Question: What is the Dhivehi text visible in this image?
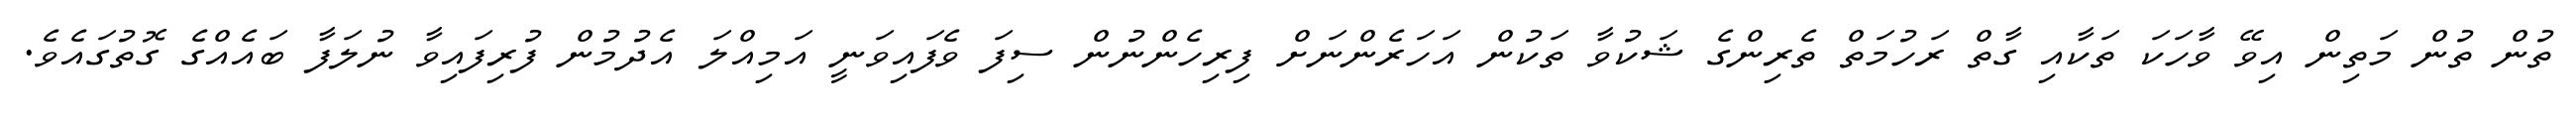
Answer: ތުން ތުން މަތިން އިވޭ ވާހަކަ ތަކާއި ގާތް ރަހުމަތް ތެރިންގެ ޝަކުވާ ތަކުން އަހަރެންނަށް ފިރިހެންނުން ސިފަ ވެފައިވަނީ އަމިއްލަ އެދުމުން ފުރިފައިވާ ނުލަފާ ބައެއްގެ ގޮތުގައެވެ.